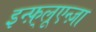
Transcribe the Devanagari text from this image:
इन्फ़्लूएन्ज़ा